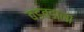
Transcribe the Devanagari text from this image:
बडबडाना